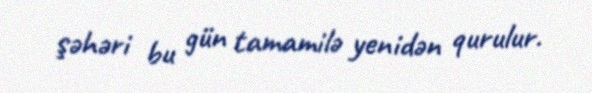
şəhəri bu gün tamamilə yenidən qurulur.